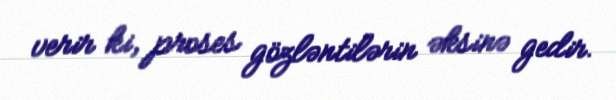
verir ki, proses gözləntilərin əksinə gedir.